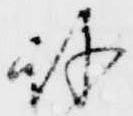
許